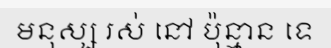
មនុស្ស រស់ នៅ ប៉ុន្មាន ទេ